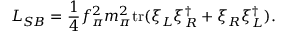
{ \cal L } _ { S B } = { \frac { 1 } { 4 } } f _ { \pi } ^ { 2 } m _ { \pi } ^ { 2 } \mathrm { t r } ( \xi _ { L } \xi _ { R } ^ { \dagger } + \xi _ { R } \xi _ { L } ^ { \dagger } ) .